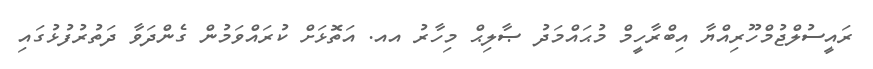
ރައީސުލްޖުމްހޫރިއްޔާ އިބްރާހީމް މުޙައްމަދު ޞާލިޙް މިހާރު އއ. އަތޮޅަށް ކުރައްވަމުން ގެންދަވާ ދަތުރުފުޅުގައި